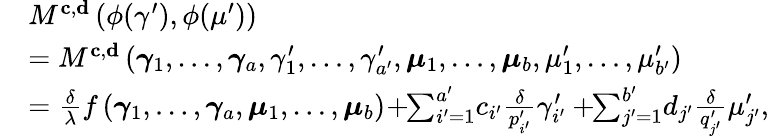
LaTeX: \begin{array}{rl}&{M^{\mathbf{c},\mathbf{d}}\left(\phi(\gamma^{\prime}),\phi(\mu^{\prime})\right)}\\ &{=M^{\mathbf{c},\mathbf{d}}\left(\boldsymbol{\gamma}_{{1}},\ldots,\boldsymbol{\gamma}_{{a}},\gamma_{1}^{\prime},\ldots,\gamma_{a^{\prime}}^{\prime},\boldsymbol{\mu}_{{1}},\ldots,\boldsymbol{\mu}_{{b}},\mu_{1}^{\prime},\ldots,\mu_{b^{\prime}}^{\prime}\right)}\\ &{=\frac{\delta}{\lambda}f\left(\boldsymbol{\gamma}_{{1}},\ldots,\boldsymbol{\gamma}_{{a}},\boldsymbol{\mu}_{{1}},\ldots,\boldsymbol{\mu}_{b}\right)\! +\! \! \sum_{i^{\prime}=1}^{a^{\prime}}\! c_{i^{\prime}}\frac{\delta}{p_{i^{\prime}}^{\prime}}\gamma_{i^{\prime}}^{\prime}+\! \! \sum_{j^{\prime}=1}^{b^{\prime}}\! d_{j^{\prime}}\frac{\delta}{q_{j^{\prime}}^{\prime}}\mu_{j^{\prime}}^{\prime},}\end{array}